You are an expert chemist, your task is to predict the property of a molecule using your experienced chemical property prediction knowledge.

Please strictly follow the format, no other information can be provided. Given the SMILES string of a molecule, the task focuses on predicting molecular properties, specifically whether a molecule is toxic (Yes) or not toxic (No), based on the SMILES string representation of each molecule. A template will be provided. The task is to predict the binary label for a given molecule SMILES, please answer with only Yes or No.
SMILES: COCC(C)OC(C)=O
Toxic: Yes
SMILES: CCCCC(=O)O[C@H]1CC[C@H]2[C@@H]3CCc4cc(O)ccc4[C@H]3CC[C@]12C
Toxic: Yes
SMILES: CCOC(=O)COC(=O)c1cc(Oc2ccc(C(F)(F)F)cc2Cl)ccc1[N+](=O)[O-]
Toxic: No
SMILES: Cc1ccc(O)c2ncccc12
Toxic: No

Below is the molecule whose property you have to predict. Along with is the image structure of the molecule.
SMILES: CCCCCCC#N
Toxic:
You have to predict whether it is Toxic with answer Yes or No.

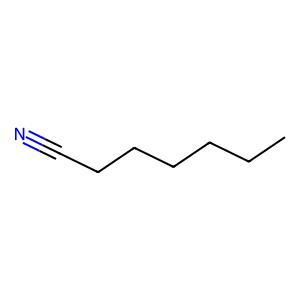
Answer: No